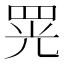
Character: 𦊫